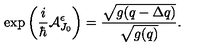
\exp \left( \frac { i } { \hbar } { \cal A } _ { J _ { 0 } } ^ { \epsilon } \right) = \frac { \sqrt { g ( q - \Delta q ) } } { \sqrt { g ( q ) } } .